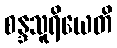
စန္ဒသူရိယေတိ